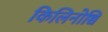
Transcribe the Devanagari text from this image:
किलिनोच्चि